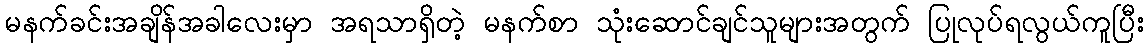
မနက်ခင်းအချိန်အခါလေးမှာ အရသာရှိတဲ့ မနက်စာ သုံးဆောင်ချင်သူများအတွက် ပြုလုပ်ရလွယ်ကူပြီး